Indian Civil Veterinary Department memoirs
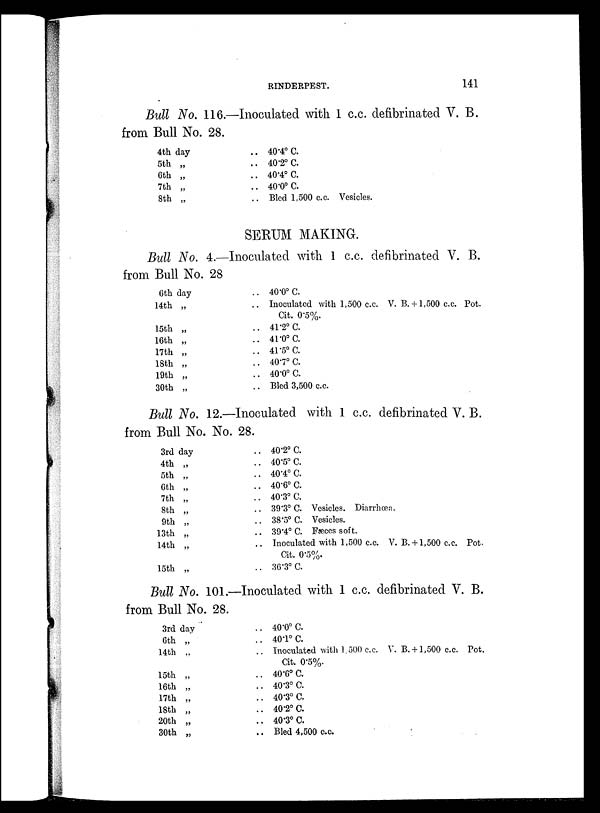
RINDERPEST.
141
Bull No. 116.—Inoculated with 1 c.c. defibrinated V. B.
from Bull No. 28.
4th day
5th „
6th „
7th „
8th „
.. 40.4º C.
.. 40.2º C.
.. 40.4º C.
.. 40.0º C.
.. Bled 1,500 c.c. Vesicles.
SERUM MAKING.
Bull No. 4.—Inoculated with 1 c.c. defibrinated V. B.
from Bull No. 28
6th day
14th „
15th „
16th „
17th „
18th „
19th „
30th „
.. 40.0º C.
.. Inoculated with 1,500 c.c. V. B.+1,500 c.c. Pot.
Cit. 0.5%.
.. 41.2º C.
.. 41.0º C.
.. 41.5º C.
.. 40.7º C.
.. 40.0º C.
.. Bled 3,500 c.c.
Bull No. 12.—Inoculated with 1 c.c. defibrinated V. B.
from Bull No. No. 28.
3rd day
4th „
5th „
6th „
7th „
8th „
9th „
13th „
14th „
15th „
.. 40.2º C.
.. 40.5º C.
.. 40.4º C.
.. 40.6º C.
.. 40.3º C.
.. 39.3º C. Vesicles. Diarrhœa.
.. 38.5º C. Vesicles.
.. 39.4º C. Fæces soft.
.. Inoculated with 1,500 c.c. V. B.+1,500 c.c. Pot.
Cit. 0.5%.
.. 36.3º C.
Bull No. 101.—Inoculated with 1 c.c. defibrinated V. B.
from Bull No. 28.
3rd day
6th „
14th „
15th „
16th „
17th „
18th „
20th „
30th „
.. 40.0º C.
.. 401º C.
.. Inoculated with 1,500 c.c. V. B.+1,500 c.c. Pot.
Cit. 0.5%.
.. 40.6º C.
.. 40.3º C.
.. 40.3º C.
.. 40.2º C.
.. 40.3º C.
.. Bled 4,500 c.c.